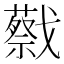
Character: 𢨝